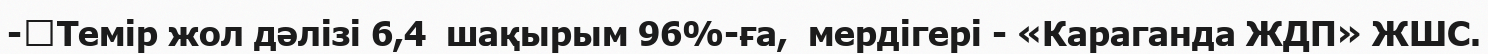
-	Темір жол дәлізі 6,4  шақырым 96%-ға,  мердігері - «Караганда ЖДП» ЖШС.